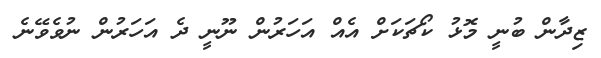
ޒިދާން ބުނީ މޮޅު ކޯޗަކަށް އެއް އަހަރުން ނޫނީ ދެ އަހަރުން ނުވެވޭނެ